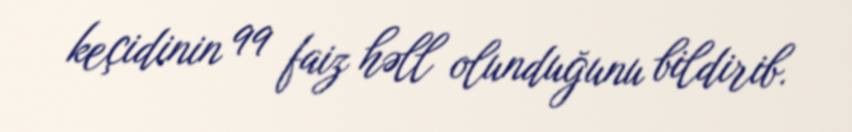
keçidinin 99 faiz həll olunduğunu bildirib.